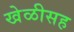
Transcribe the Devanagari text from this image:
खेळीसह